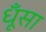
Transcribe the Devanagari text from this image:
धूँसा